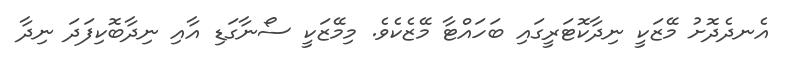
އެނދެދޮށު މޭޒަކީ ނިދާކޮޓަރީގައި ބަހައްޓާ މޭޒެކެވެ. މިމޭޒަކީ ސޯނާގަޑި އާއި ނިދާބޮކިފަދަ ނިދާ